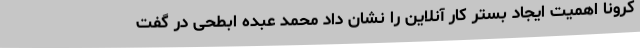
کرونا اهمیت ایجاد بستر کار آنلاین را نشان داد محمد عبده ابطحی در گفت